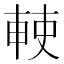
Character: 𠦱